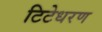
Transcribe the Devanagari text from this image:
टिटेधरण